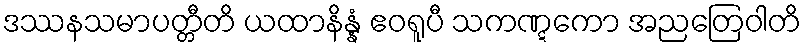
ဒဿနသမာပတ္တီတိ ယထာနိန္နံ ဧဝရူပီ သကဏ္ဋကော အညတြေဝါတိ